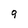
Character: 9